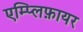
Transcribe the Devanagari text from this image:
एम्प्लिफ़ायर